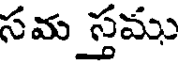
సమ స్తము